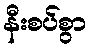
နီးစပ်စွာ